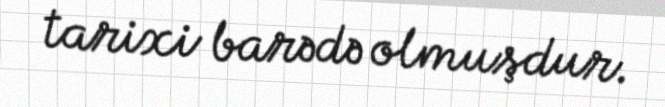
tarixi barədə olmuşdur.